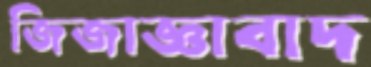
জিজাজ্ঞাবাদ